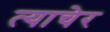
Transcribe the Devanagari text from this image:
त्याचेर